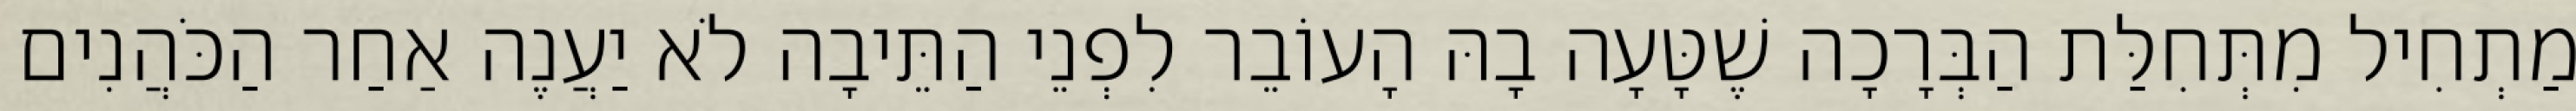
מַתְחִיל מִתְּחִלַּת הַבְּרָכָה שֶׁטָּעָה בָהּ הָעוֹבֵר לִפְנֵי הַתֵּיבָה לֹא יַעֲנֶה אַחַר הַכֹּהֲנִים